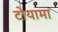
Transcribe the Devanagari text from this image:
टोयामा